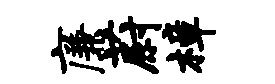
廉蔚樟